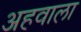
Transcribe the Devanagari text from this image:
अहवाला